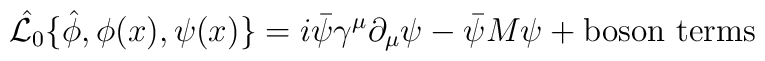
\hat{{\cal L}_0}\{\hat{\phi},\phi(x), \psi(x)\}=i\bar{\psi}\gamma^{\mu}\partial_{\mu}\psi-\bar{\psi}M\psi+{\rm boson~ terms}